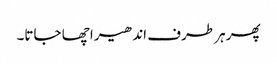
پھر ہر طرف اندھیرا چھا جاتا۔